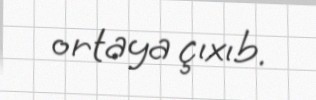
ortaya çıxıb.